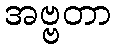
အဗ္ဗတာ